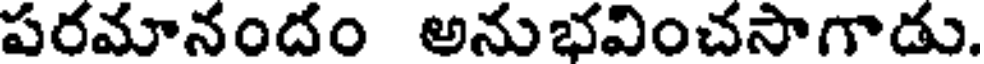
పరమానందం అనుభవించసాగాడు.